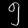
Digit: ၅